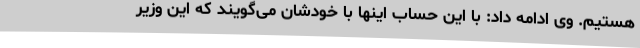
هستیم. وی ادامه داد: با این حساب اینها با خودشان می‌گویند که این وزیر